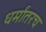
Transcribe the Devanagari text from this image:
धर्मांतरच